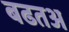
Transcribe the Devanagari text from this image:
बढतअ